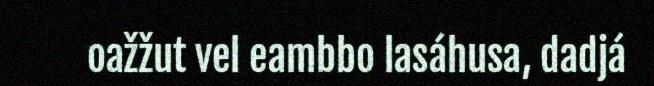
oažžut vel eambbo lasáhusa, dadjá